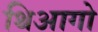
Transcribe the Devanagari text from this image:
थिआगो